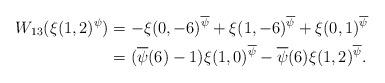
LaTeX: \begin{align*}W_{13} (\xi(1,2)^\psi) & = -\xi(0,-6)^{\overline{\psi}}+\xi(1,-6)^{\overline{\psi}}+\xi(0,1)^{\overline{\psi}}\\& = (\overline{\psi}(6)-1) \xi(1,0)^{\overline{\psi}} - \overline{\psi}(6) \xi(1,2)^{\overline{\psi}}.\end{align*}